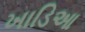
ખાડિઆ